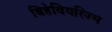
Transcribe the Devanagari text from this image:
बिहेवियरिज्म